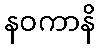
နဝကာနိ